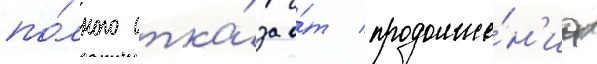
по́лного отка́за о́т продолже́н'иа